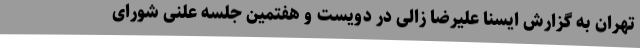
تهران به گزارش ایسنا علیرضا زالی در دویست و هفتمین جلسه علنی شورای